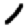
Digit: 1